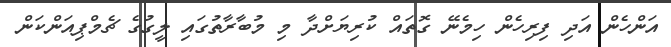
އަންހެން އަދި ފިރިހެން ހިމެނޭ ގޮތައް ކުރިޔަށްދާ މި މުބާރާތުގައި ލީގުގެ ޗެމްޕިއަންކަން